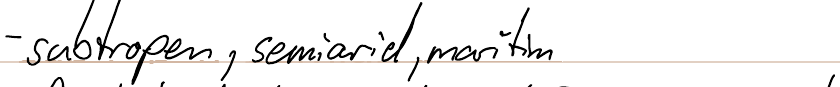
- subtropen, semiarid, maritim